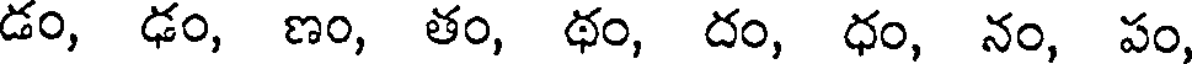
డం, ఢం, ణం, తం, థం, దం, ధం, నం, పం,